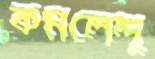
কমলেন্দু